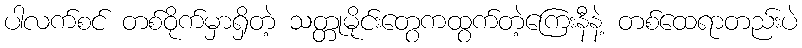
ပါလက်စင် တစ်ဝိုက်မှာရှိတဲ့ သတ္တုမိုင်းတွေကထွက်တဲ့ကြေးနီနဲ့ တစ်ထေရာတည်းပဲ